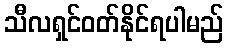
သီလရှင်ဝတ်နိုင်ရပါမည်